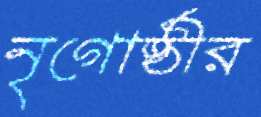
নৃগোষ্ঠীর